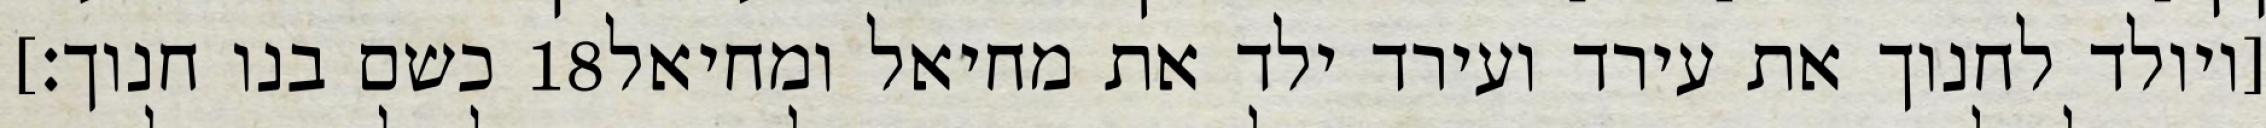
כשם בנו חנוך׃] ‎18‏ [ויולד לחנוך את עירד ועירד ילד את מחיאל ומחיאל